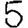
Digit: 5